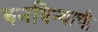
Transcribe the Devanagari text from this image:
बनविन्याची